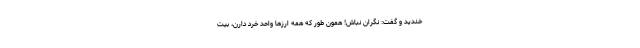
خندید و گفت: نگران نباش! همون طور که همه ارزها واحد خرد دارن، بیت